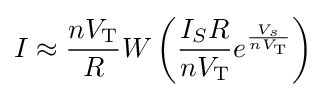
I\approx {\frac {nV_{\text{T}}}{R}}W\left({\frac {I_{S}R}{nV_{\text{T}}}}e^{\frac {V_{s}}{nV_{\text{T}}}}\right)